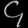
Digit: ၄